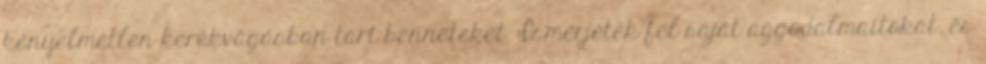
kényelmetlen kerékvágásban tart benneteket. Ismerjétek fel saját aggodalmaitokat, és